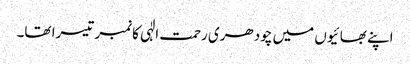
اپنے بھائیوں میں چودھری رحمت الٰہی کانمبر تیسرا تھا۔